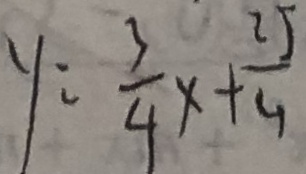
y = \frac { 3 } { 4 } x + \frac { 2 5 } { 4 }